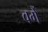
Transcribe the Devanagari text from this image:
वर्गें